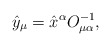
\begin{align*}\hat{y}_\mu=\hat{x}^\alpha O^{-1}_{\mu\alpha},\end{align*}